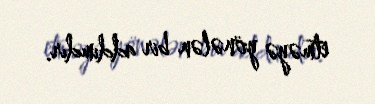
etməyə yönələn bir addımdır.